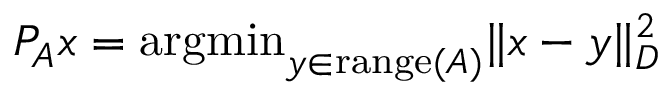
P _ { A } x = \mathrm { a r g m i n } _ { y \in \mathrm { r a n g e } ( A ) } \| x - y \| _ { D } ^ { 2 }